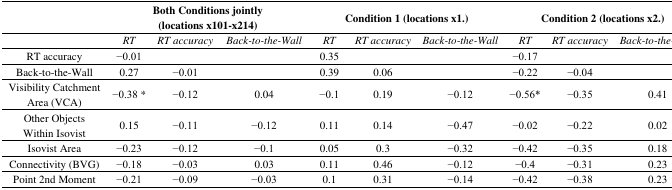
<table><thead><tr><td></td><td colspan="3"><b>Both Conditions jointly (locations x101-x214)</b></td><td colspan="3"><b>Condition 1 (locations x1.)</b></td><td colspan="3"><b>Condition 2 (locations x2.)</b></td></tr></thead><tbody><tr><td></td><td><i>RT</i></td><td><i>RT accuracy</i></td><td><i>Back-to-the-Wall</i></td><td><i>RT</i></td><td><i>RT accuracy</i></td><td><i>Back-to-the-Wall</i></td><td><i>RT</i></td><td><i>RT accuracy</i></td><td><i>Back-to-the-Wall</i></td></tr><tr><td>RT accuracy</td><td>−0.01</td><td></td><td></td><td>0.35</td><td></td><td></td><td>−0.17</td><td></td><td></td></tr><tr><td>Back-to-the-Wall</td><td>0.27</td><td>−0.01</td><td></td><td>0.39</td><td>0.06</td><td></td><td>−0.22</td><td>−0.04</td><td></td></tr><tr><td>Visibility Catchment Area (VCA)</td><td>−0.38 *</td><td>−0.12</td><td>0.04</td><td>−0.1</td><td>0.19</td><td>−0.12</td><td>−0.56*</td><td>−0.35</td><td>0.41</td></tr><tr><td>Other Objects Within Isovist</td><td>0.15</td><td>−0.11</td><td>−0.12</td><td>0.11</td><td>0.14</td><td>−0.47</td><td>−0.02</td><td>−0.22</td><td>0.02</td></tr><tr><td>Isovist Area</td><td>−0.23</td><td>−0.12</td><td>−0.1</td><td>0.05</td><td>0.3</td><td>−0.32</td><td>−0.42</td><td>−0.35</td><td>0.18</td></tr><tr><td>Connectivity (BVG)</td><td>−0.18</td><td>−0.03</td><td>0.03</td><td>0.11</td><td>0.46</td><td>−0.12</td><td>−0.4</td><td>−0.31</td><td>0.23</td></tr><tr><td>Point 2nd Moment</td><td>−0.21</td><td>−0.09</td><td>−0.03</td><td>0.1</td><td>0.31</td><td>−0.14</td><td>−0.42</td><td>−0.38</td><td>0.23</td></tr></tbody></table>